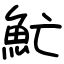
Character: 䰶